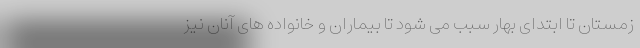
زمستان تا ابتدای بهار سبب می شود تا بیماران و خانواده های آنان نیز